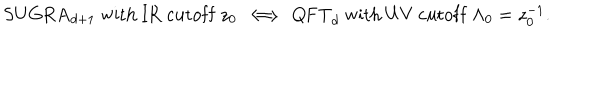
LaTeX: \mathrm { S U G R A } _ { d + 1 } ~ \mathrm { w i t h ~ I R ~ c u t o f f } ~ z _ { 0 } ~ \Longleftrightarrow ~ \mathrm { Q F T } _ { d } ~ \mathrm { w i t h ~ U V ~ c u t o f f } ~ \Lambda _ { 0 } = z _ { 0 } ^ { - 1 } .